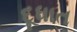
દૂધાત